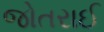
જોતરાઈ